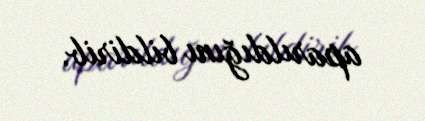
aparıldığını bildirib.